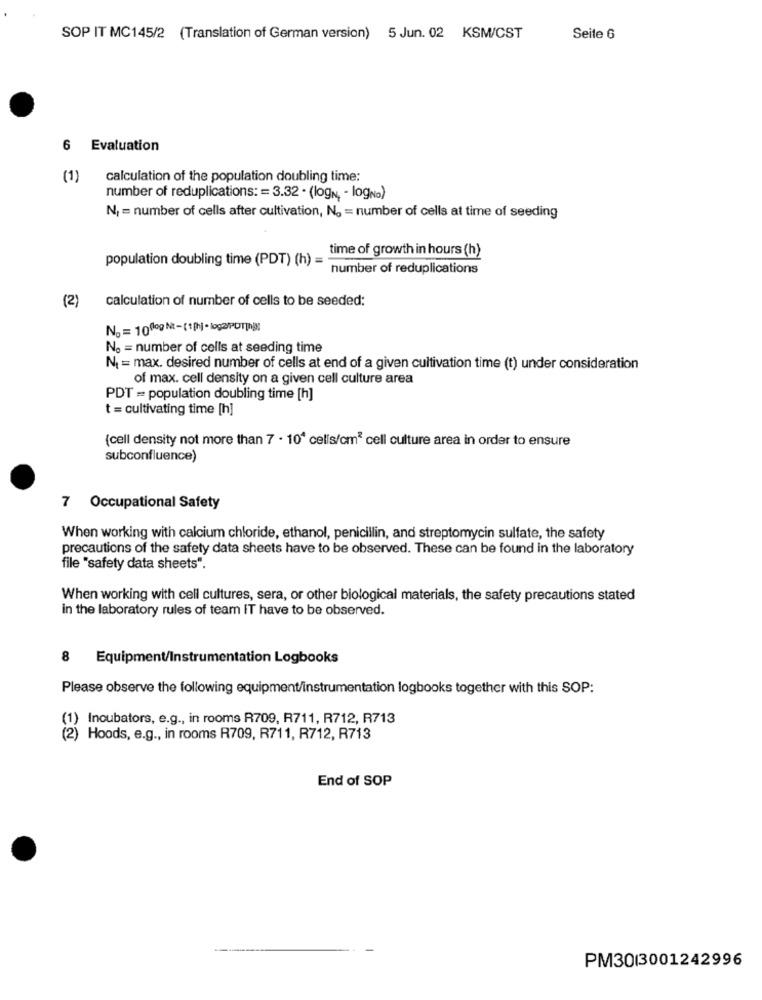
SOP IT MC145/2 (Translation of German version) 5 Jun. 02 KSM/CST
Seite 6
6 Evaluation
(1)
calculation of the population doubling time:
number of reduplications: = 3.32 - (logN, - logNo)
N = number of cells after cultivation, No = number of cells at time of seeding
time of growth in hours (h)
population doubling time (PDT) (h) =
number of reduplications
(2)
calculation of number of cells to be seeded:
No = 100g N :- (th) . logoPUT]
No = number of cells at seeding time
No = max. desired number of cells at end of a given cultivation time (t) under consideration
of max. cell density on a given cell culture area
PDT = population doubling time [h]
t = cultivating time [h]
(cell density not more than 7 . 10" cells/cm2 cell culture area in order to ensure
subconfluence)
7 Occupational Safety
When working with calcium chloride, ethanol, penicillin, and streptomycin sulfate, the safety
precautions of the safety data sheets have to be observed. These can be found in the laboratory
file "safety data sheets".
When working with cell cultures, sera, or other biological materials, the safety precautions stated
in the laboratory rules of team IT have to be observed.
Equipment/Instrumentation Logbooks
Please observe the following equipment/instrumentation logbooks together with this SOP:
(1) Inoubators, e.g ., in rooms R709, R711, R712, R713
Hoods, e.g ., in rooms R709, R711, R712, R713
End of SOP
PM3013001242996